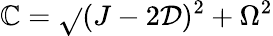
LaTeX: \mathbb{C}=\sqrt{}{{(J-2\mathcal{{D}})^{2}+\Omega^{2}}}